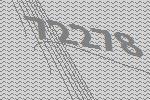
72278